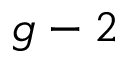
g - 2